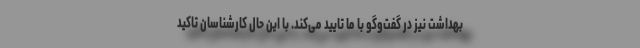
بهداشت نیز در گفت‌وگو با ما تایید می‌کند. با این حال کارشناسان تاکید